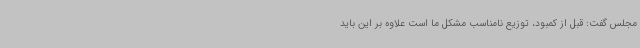
مجلس گفت: قبل از کمبود، توزیع نامناسب مشکل ما است علاوه بر این باید